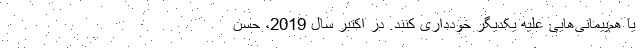
یا هم‌پیمانی‌هایی علیه یکدیگر خودداری کنند. در اکتبر سال 2019، حسن